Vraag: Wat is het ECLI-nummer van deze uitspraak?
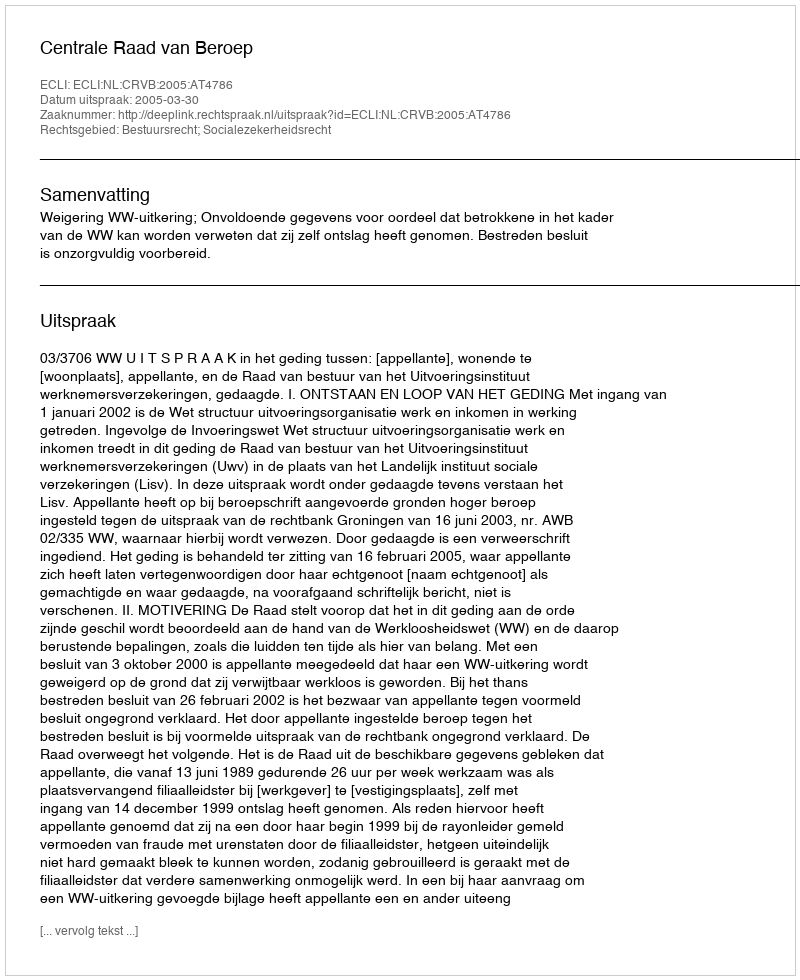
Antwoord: ECLI:NL:CRVB:2005:AT4786